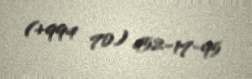
(+994 70) 452-17-95